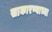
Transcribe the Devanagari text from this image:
साकारण्याच्या